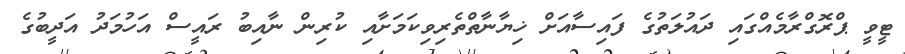
ޓީވީ ޕްރޮގްރާމެއްގައި ދައުލަތުގެ ފައިސާއަށް ޚިޔާނާތްތެރިވިކަމަށާއި ކުރިން ނާއިބު ރައީސް އަހުމަދު އަދީބުގެ